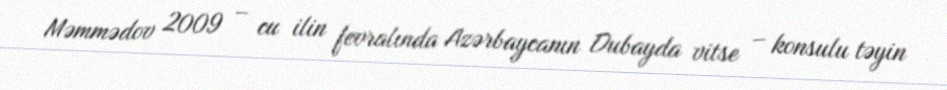
Məmmədov 2009 – cu ilin fevralında Azərbaycanın Dubayda vitse – konsulu təyin